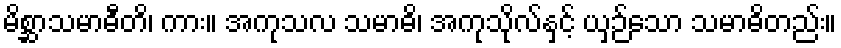
မိစ္ဆာသမာဓီတိ၊ ကား။ အကုသလ သမာဓိ၊ အကုသိုလ်နှင့် ယှဉ်သော သမာဓိတည်း။